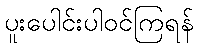
ပူးပေါင်းပါဝင်ကြရန်